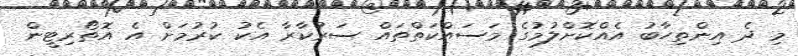
މި ދެ އިންތިހާބު އެއްކޮށްލުމުގެ މަސައްކަތްތައް ސަރުކާރާ އެކު ކުރުމަށް އެ އޮތޯރިޓީން